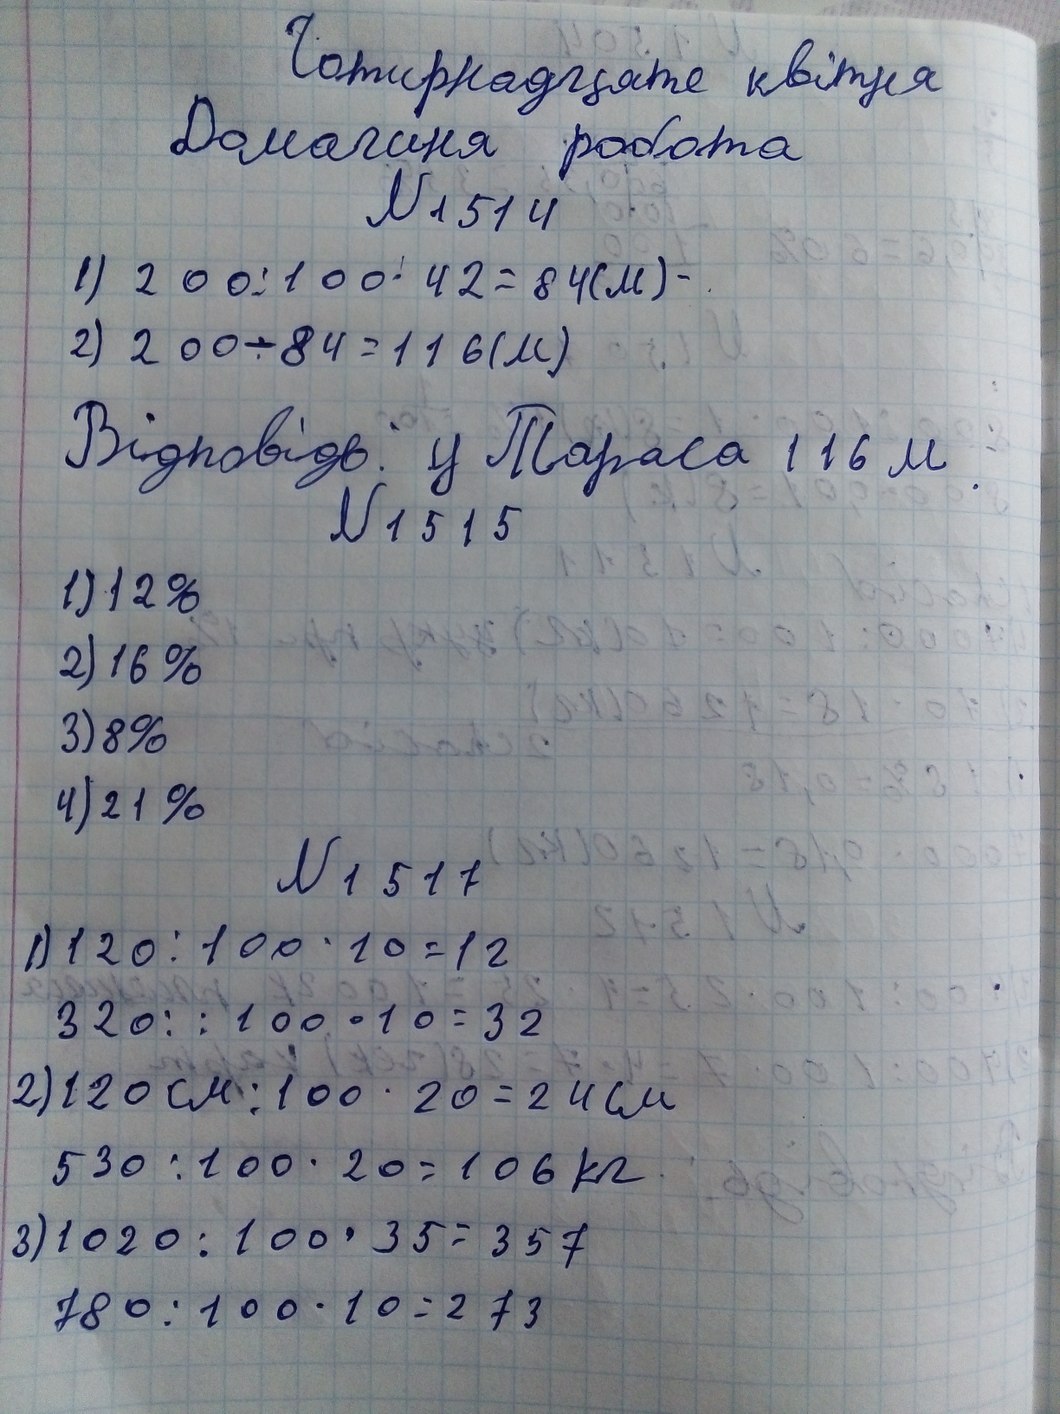
Чотирнадцяте квітня
Домашня робота
N 1514
1) \ 200 : 100 \cdot 42 = 84 (\text{м}) -
2) 200 - 84 = 116 (м)
Відповідь: у Тараса 116 м.
N 1515
1) 12%
2) 16 %
3) 8%
4) 21 %
N 1517
1) 120 : 100 \cdot 10 = 12
320 : 100 \cdot 10 = 32
2) 120 \text{ см} : 100 \cdot 20 = 24 \text{ см}
530 : 100 \cdot 20 = 106 \text{ кг}
3) 1020 : 100 \cdot 35 = 357
780 : 100 \cdot 10 = 273